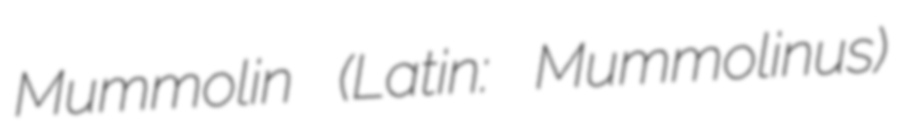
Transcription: Mummolin (Latin: Mummolinus)